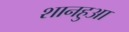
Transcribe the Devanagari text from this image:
शानहुआ